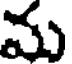
మ